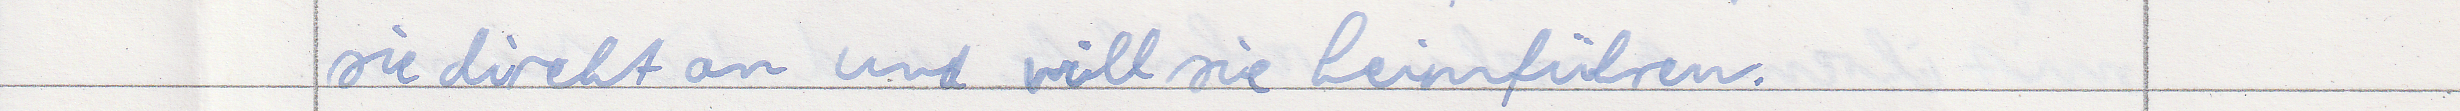
sie direkt an und will sie heimführen.